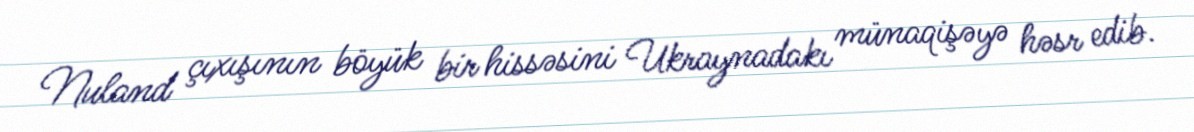
Nuland çıxışının böyük bir hissəsini Ukraynadakı münaqişəyə həsr edib.